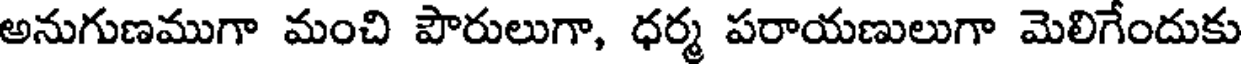
అనుగుణముగా మంచి పౌరులుగా, ధర్మ పరాయణులుగా మెలిగేందుకు